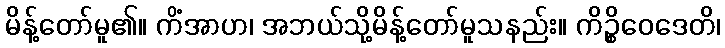
မိန့်တော်မူ၏။ ကိံအာဟ၊ အဘယ်သို့မိန့်တော်မူသနည်း။ ကိဉ္စိဝေဒေတိ၊